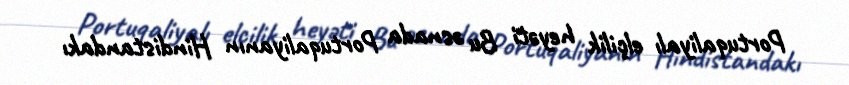
Portuqaliyalı elçilik heyəti Bu əsnada Portuqaliyanın Hindistandakı